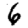
Digit: 6